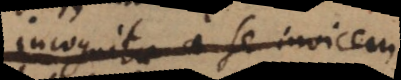
incognitae a se invicem